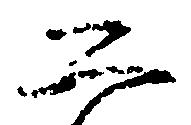
二